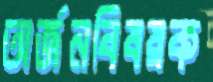
অর্জনবিষয়ক